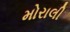
મોરાલી